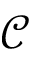
\mathcal { C }